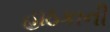
હાઠકાની